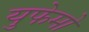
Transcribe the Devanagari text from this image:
युफेमो